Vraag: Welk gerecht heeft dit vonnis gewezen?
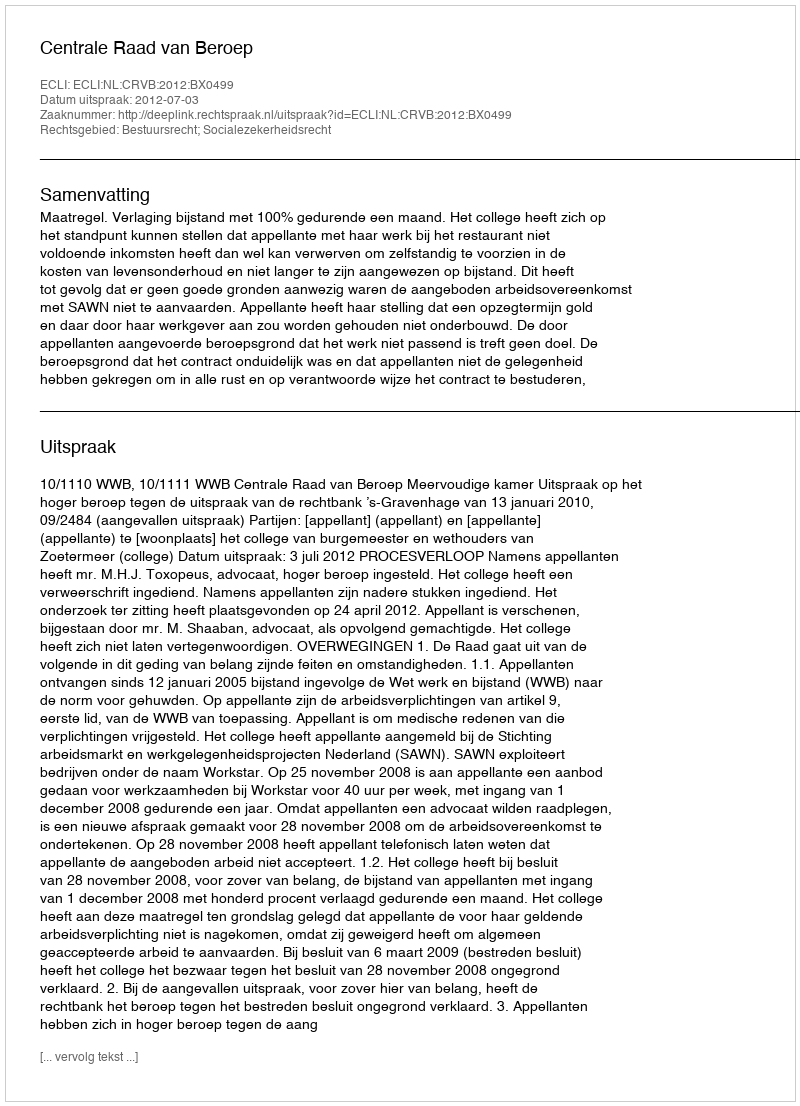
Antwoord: Centrale Raad van Beroep